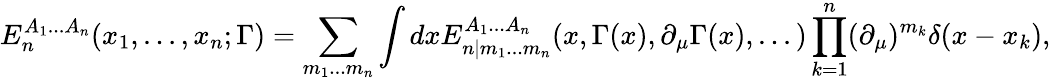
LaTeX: E_{n}^{A_{1}...A_{n}}(x_{1},...,x_{n};\Gamma)=\sum_{m_{1}...m_{n}}\int dxE_{n|m_{1}...m_{n}}^{A_{1}...A_{n}}(x,\Gamma(x),\partial_{\mu}\Gamma(x),...)\prod_{k=1}^{n}(\partial_{\mu})^{m_{k}}\delta(x-x_{k}),